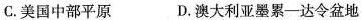
C.美国中部平原 D.澳大利亚墨累一达令盆地